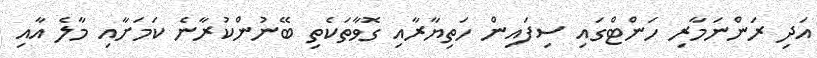
އަދި ރަންނަމާރި ހަންޓްގައި ސިފައިން ހަތިޔާރާއި ގޮވާތަކެތި ބޭނުންކުރާނެ ކަމަށާއި މާލެ އާއި